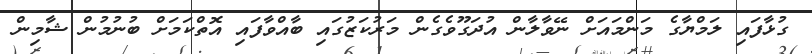
ގުޅާފައި ލަމްޔާގެ މަންމައަށް ނޭވާލާން އުދަގޫވެގެން މަރުކަޒުގައި ބާއްވާފައި އޮތްކަމަށް ބުނުމުން ޝާމިން